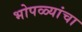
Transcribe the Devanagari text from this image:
भोपळ्यांचा